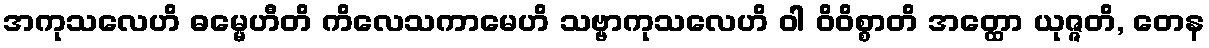
အကုသလေဟိ ဓမ္မေဟီတိ ကိလေသကာမေဟိ သဗ္ဗာကုသလေဟိ ဝါ ဝိဝိစ္စာတိ အတ္ထော ယုဇ္ဇတိ, တေန